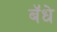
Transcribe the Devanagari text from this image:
बॅधे